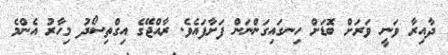
ދާއިރާ ވަނީ ވަރަށް ބޮޑަށް ހިނގައިގަންނަން ފަށާފައެވެ. ރާއްޖޭގެ އިގްތިސޯދު މިހާރު އެންމެ